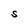
Character: S